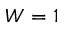
W = 1